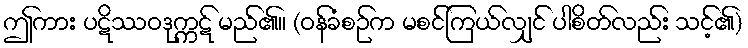
ဤကား ပဋိဿဝဒုက္ကဋ် မည်၏။ (ဝန်ခံစဉ်က မစင်ကြယ်လျှင် ပါစိတ်လည်း သင့်၏)